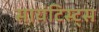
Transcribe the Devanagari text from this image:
सायंटिस्ट्स